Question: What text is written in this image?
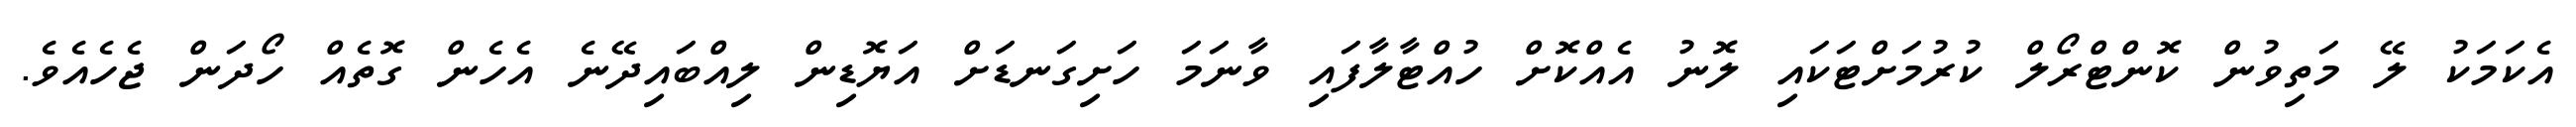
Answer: އެކަމަކު ލޭ މަތިވުން ކޮންޓްރޯލް ކުރުމަށްޓަކައި ލޮނު އެއްކޮށް ހުއްޓާލާފައި ވާނަމަ ހަށިގަނޑަށް އަޔޮޑިން ލިއްބައިދޭނެ އެހެން ގޮތެއް ހޯދަން ޖެހެއެވެ.